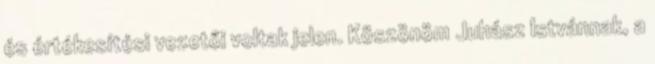
és értékesítési vezetői voltak jelen. Köszönöm Juhász Istvánnak, a